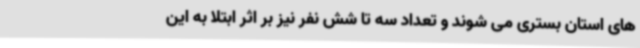
های استان بستری می شوند و تعداد سه تا شش نفر نیز بر اثر ابتلا به این